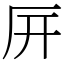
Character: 㕃